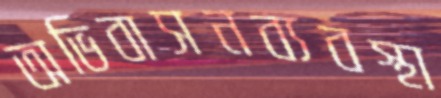
অভিবাসনব্যবস্থা